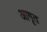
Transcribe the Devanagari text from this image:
आगृत